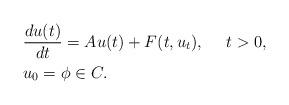
LaTeX: \begin{align*}& \frac{du(t)}{dt}=Au(t)+F(t,u_t), ~~~~t>0, \\& u_0=\phi\in C.\end{align*}